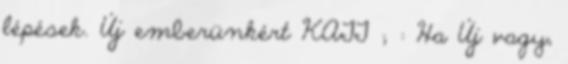
lépések. Új emberünkért KATT ; : Ha Új vagy,